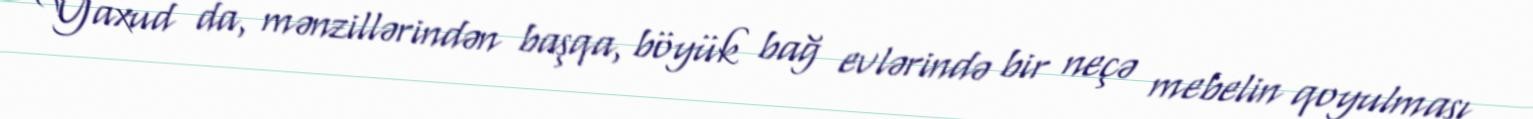
Yaxud da, mənzillərindən başqa, böyük bağ evlərində bir neçə mebelin qoyulması